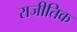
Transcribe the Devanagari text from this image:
राजीतिक